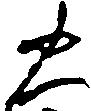
火